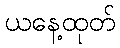
ယနေ့ထုတ်